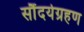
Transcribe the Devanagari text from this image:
सौंदर्यग्रहण